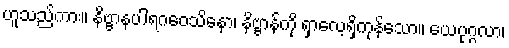
ဟူသည်ကား။ နိဗ္ဗာနပါရဂဝေသိနော၊ နိဗ္ဗာန်ကို ရှာလေ့ရှိကုန်သော။ ယေပုဂ္ဂလာ၊